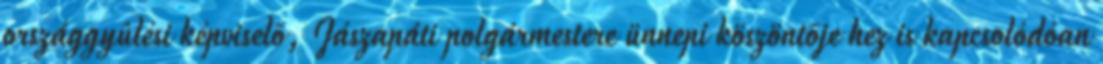
országgyûlési képviselõ, Jászapáti polgármestere ünnepi köszöntõje hez is kapcsolódóan